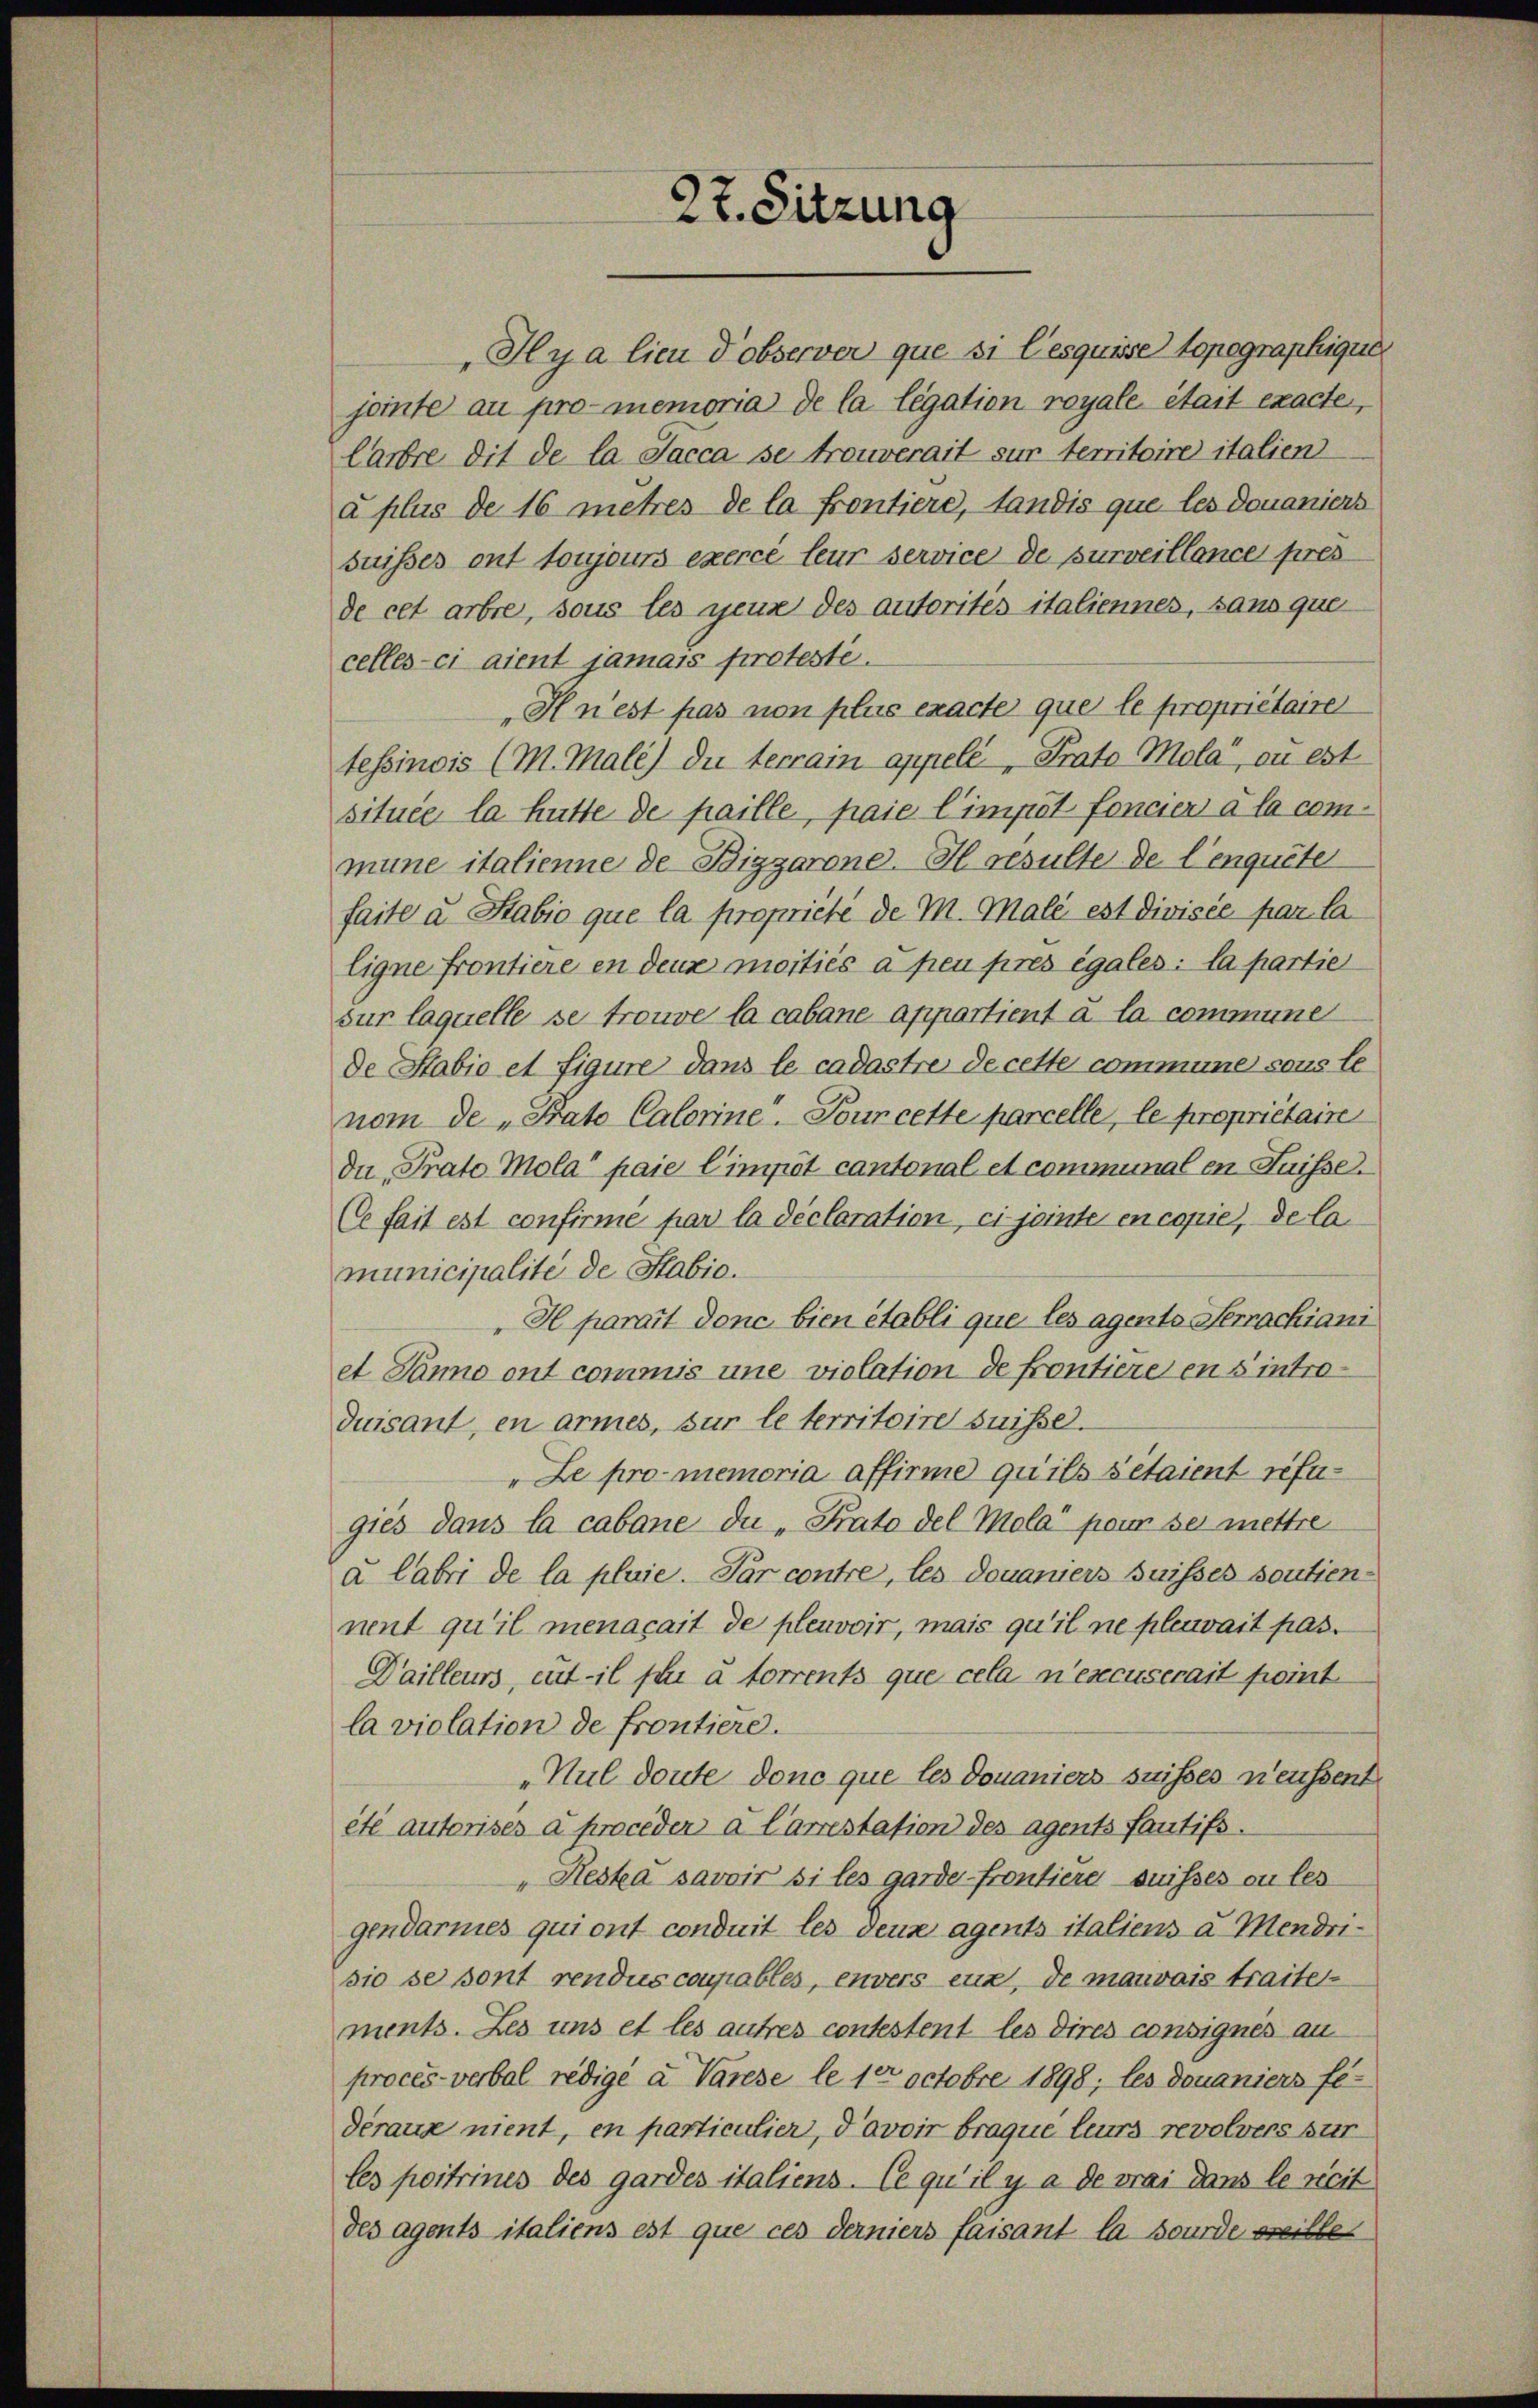
27. Sitzung

Hya lieu dobserver que si lesquisse topographique
jemte au promemoria de la legation royale était exacte,
larbre dit de la Jacca se trouverait sur territoire italien
a plus de 16 mehres de la Frontiere, Landis que les douaniers
suisses ont toujours exercé leur service de surveillance pres
de cet arbe, sous les genz des autorités italiennes, sans que
celles-ci aient jamais protesti
H n’est pas non plus exacte que le propriétaire
tessinois (M. Male) du terrain appelé, Prato Mola“, an est
située la hütte de paille, paie l’impôt foncier à la commune italienne de Bigzarone. Il resulte de l’enquete
faite u. Stabio que la proprieté de M. Male est divisée par la
Eigne frontiere en deux moitiés à peu pres égales: la partie
sur laquelle se trouve la cabane appartient à la communer
de Stabio et figure dans le cadastre de cette commune sous le
nom de „Pato Calorine. Tour cette parcelle, le propriétaire
du Prato Mola“ paie l’impôt cantonal et communal en Suisse.
Ce fait est confirme par la déclaration, ci jointe en copie, de la
municipalité de Stabio.
"H parait donc bien établi que les agento Terrachiani
et Panno ont commis une violation de frontiere en s introduisant, en armes, sur le territoire suisse.
"Le promemoria affirme qu’ils detaient refugies dans la cabane du "Prato del Mola pour sei mettre
a Cabri de la pluie. Par contre, les douaniers suisses soutiennent qu’il menacait de plenvoir, mais qu’il ne plenait pas¬
Dailleurs, eut il fur à torrents que cela n’excuserait point.
la violation de frontiere.
„Nul doute donc que les Douaniers suisses neussent
été autorises a proceder a Carrestation des Agents fantifs.
"Heska savoir si les garde-frontiere suisses ou les
gendarmes qui ont conduit les deux agents italiens u. Mendrisio se sont rendus coupables, envers ein, de mauvais traiten
ments. Les uns et les autres contestent les dires consignés au
procès-verbal redige a Varese le 10 Octobre 1898; les douaniers fe-
deraus nient, en particulier, d’avoir braque leurs revolvers zur
les peitrines des gardes italiens. Ce qu’il y a devrai dans le reit
des agents italiens est que ces derniers faisant la sourde weille